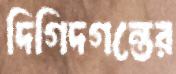
দিগিদগন্তের